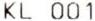
KL 001